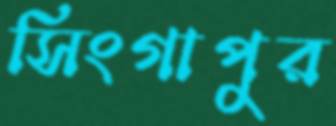
সিংগাপুর